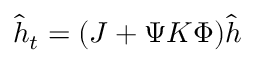
\hat { h } _ { t } = ( J + \Psi K \Phi ) \hat { h }